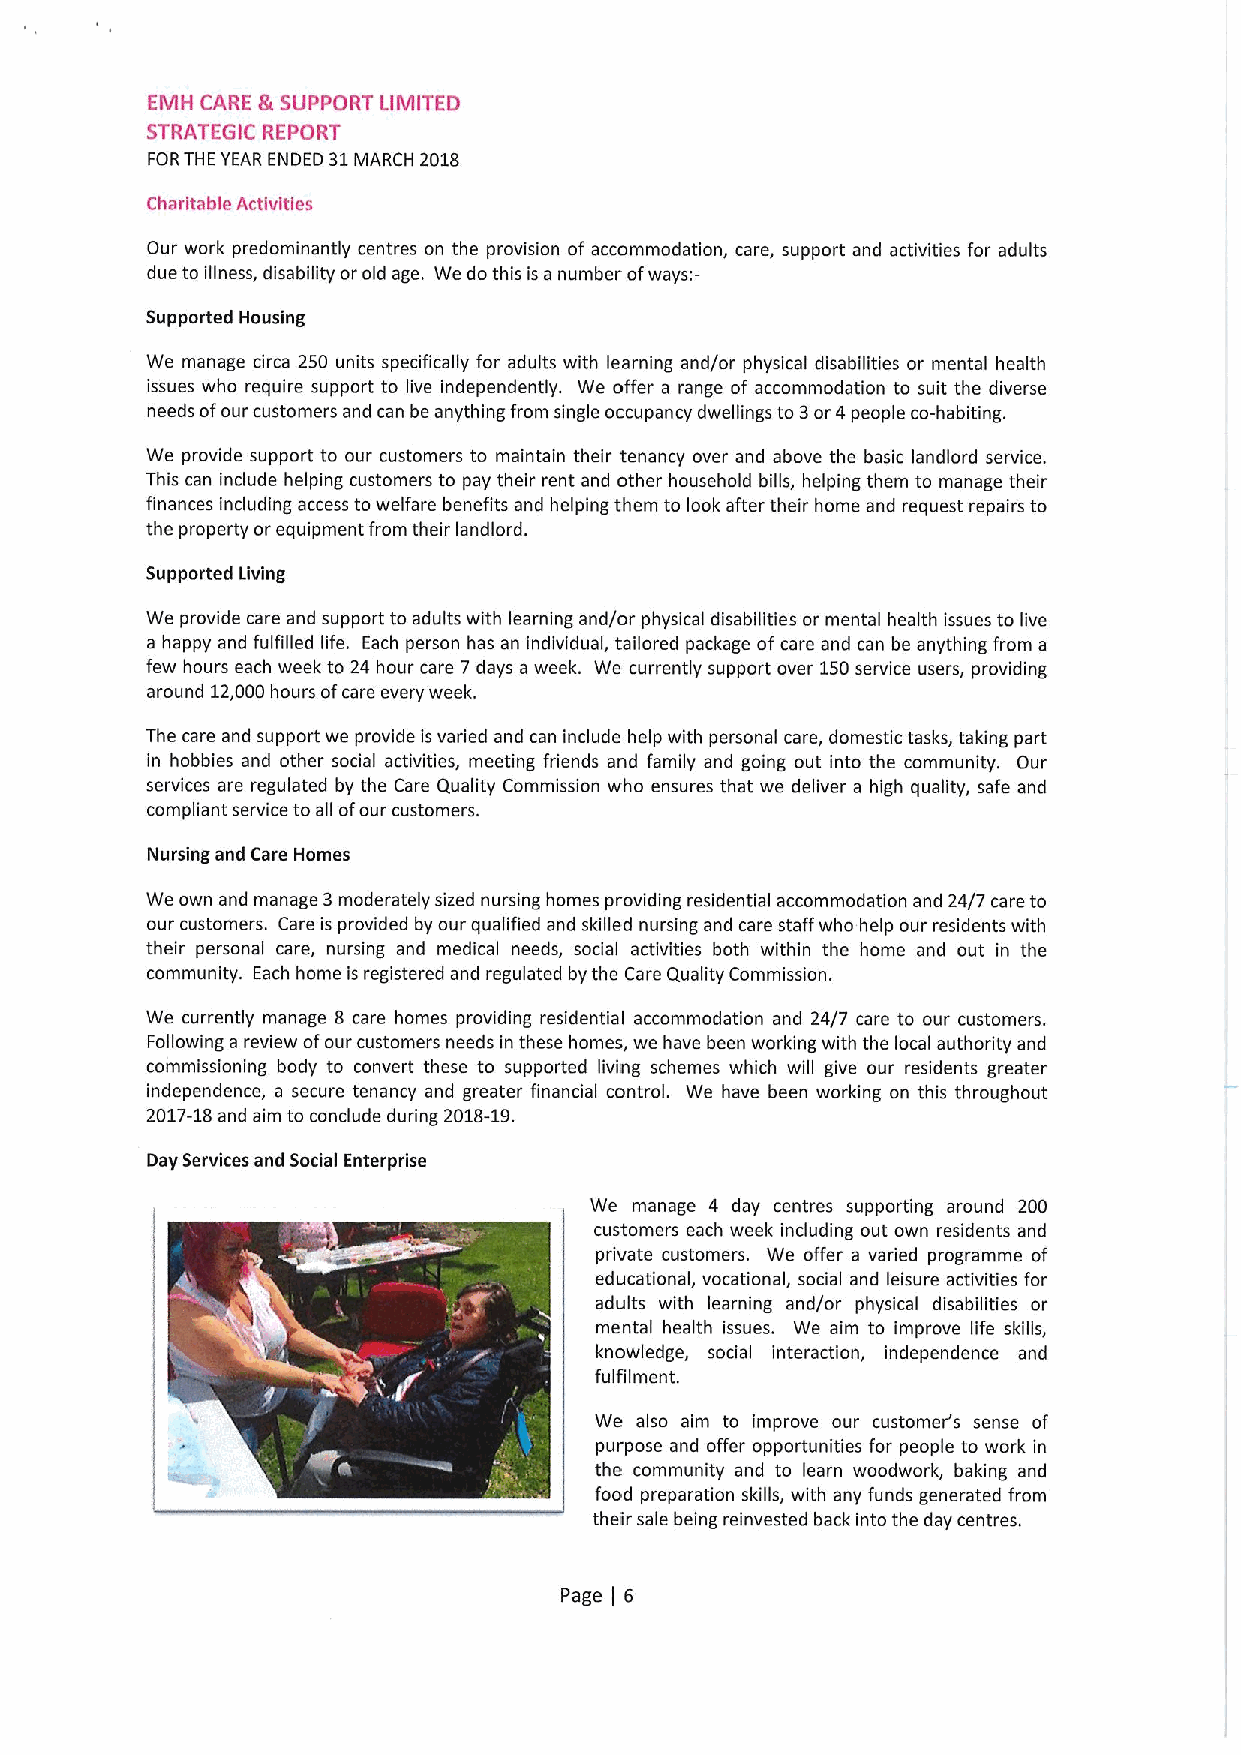
EMH CARE &SUPPORT LIMITED
 STRATEGIC REPORT
 FORTHE YEAR ENDED 31MARCH 2018
 Charitable Activities
 Our work predominantly centres on the provision of accommodation, care, support and activities for adults
 due to illness, disability or old age. We do this is a number ofways:-
 Supported Housing
 We manage circa 250 units specifically for adults with learning and/or physical disabilities or mental health
 issues who require support to live independently. We offer a range of accommodation to suit the diverse
 needs ofour customers and can be anything from single occupancy dwellings to 3or 4 people co-habiting.
 We provide support to our customers to maintain their tenancy over and above the basic landlord service.
 This can include helping customers to pay their rent and other household bills, helping them to manage their
 finances including access towelfare benefits and helping them to look after their home and request repairs to
 the property or equipment from their landlord.
 Supported Living
 We provide care and support to adults with learning and/or physical disabilities or mental health issues to live
 a happy and fulfilled life. Each person has an individual, tailored package ofcare and can be anything from a
 few hours each week to 24 hour care 7 days a week. We currently support over 150service users, providing
 around 12,000hours ofcare every week.
 The care and support we provide is varied and can include help with personal care, domestic tasks, taking part
 in hobbies and other social activities, meeting friends and family and going out into the community. Our
 services are regulated by the Care Quality Commission who ensures that we deliver a high quality, safe and
 compliant service to all ofour customers.
 Nursing and Care Homes
 We own and manage 3moderately sized nursing homes providing residential accommodation and 24/7 care to
 our customers. Care is provided by our qualified and skilled nursing and care staff who help our residents with
 their personal care, nursing and medical needs, social activities both within the home and out in the
 community. Each home is registered and regulated by the Care Quality Commission.
 We currently manage 8 care homes providing residential accommodation and 24/7 care to our customers.
 Following a review ofour customers needs in these homes, we have been working with the local authority and
 commissioning body to convert these to supported living schemes which will give our residents greater
 independence, a secure tenancy and greater financial control. We have been working on this throughout
 2017-18and aim to conclude during 2018-19.
 Day Services and Social Enterprise
 We manage 4 day centres supporting around 200
 customers each week including out own residents and
 private customers. We offer a varied programme of
 educational, vocational, social and leisure activities for
 adults with learning and/or physical disabilities or
 mental health issues. We aim to improve life skills,
 knowledge, social interaction, independence and
 fulfilment.
 We also aim to improve our customer's sense of
 purpose and offer opportunities for people to work in
 the community and to learn woodwork, baking and
 food preparation skills, with any funds generated from
 their sale being reinvested back into the day centres.
 Page 6
 I